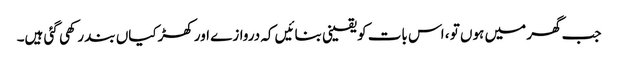
جب گھر میں ہوں تو ، اس بات کو یقینی بنائیں کہ دروازے اور کھڑکیاں بند رکھی گئی ہیں۔